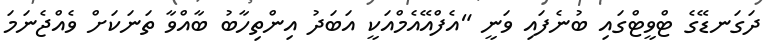
ދަގަނޑޭގެ ޓްވީޓްގައި ބުނެފައި ވަނީ "އެފްއޭއެމްއަކީ އަބަދު އިންތިހާބު ބާއްވާ ތަނަކަށް ވެއްޖެނަމަ